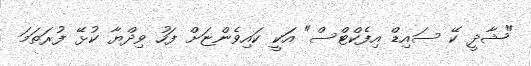
"ޝާދީ ކޭ ސައިޑް އިފެކްޓްސް" އަކީ ކައިވެންޏަށް ފަހު ވިދްޔާ ކުޅޭ ފުރަތަމަ